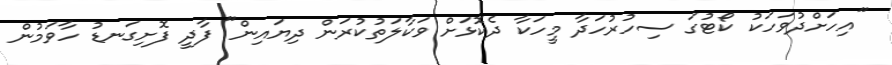
"އިހަށްދުވަހަކު ކޯޓުގަ ސިހުރުހަދާ މީހަކާ ދެކޮޅަށް ވަކާލަތުކުރަން ދިޔައިން" ފާދީ ފޮށިގަނޑު ހާވަމުން